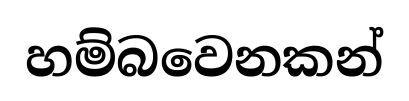
හම්බවෙනකන්